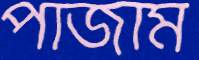
পাজাম